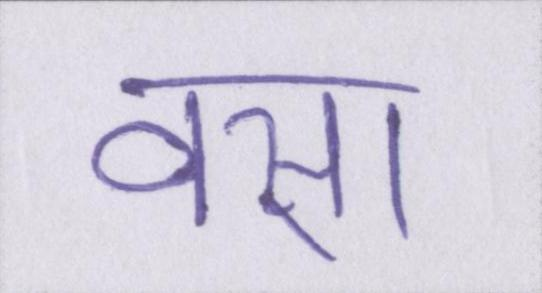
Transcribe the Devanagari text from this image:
वसा